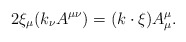
\begin{align*}2\xi_\mu(k_\nu A^{\mu\nu})=(k\cdot\xi)A^\mu_\mu.\end{align*}